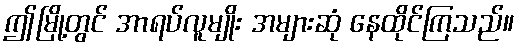
ဤမြို့တွင် အာရပ်လူမျိုး အများဆုံ နေထိုင်ကြသည်။